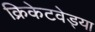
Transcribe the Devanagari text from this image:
क्रिकेटवेड्या